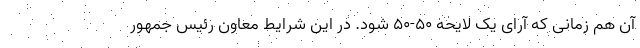
آن هم زمانی که آرای یک لایحه 50-50 شود. در این شرایط معاون رئیس جمهور